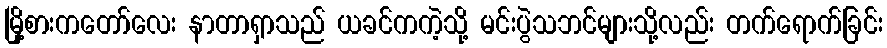
မြို့စားကတော်လေး နာတာရှာသည် ယခင်ကကဲ့သို့ မင်းပွဲသဘင်များသို့လည်း တက်ရောက်ခြင်း